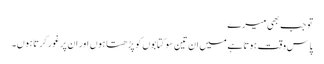
تو جب بھی میرے
پاس وقت ہوتا ہے میں ان تین سو کتابوں کو پڑھتا ہوں اور ان پر غور کرتا ہوں۔